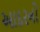
આદરનો